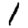
Digit: 1